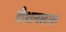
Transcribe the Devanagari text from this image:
रौशनलाल